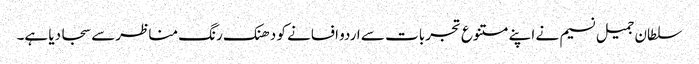
سلطان جمیل نسیم نے اپنے متنوع تجربات سے اردو افسانے کو دھنک رنگ مناظرسے سجا دیا ہے۔